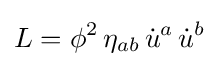
L=\phi ^{2}\,\eta _{ab}\,{\dot {u}}^{a}\,{\dot {u}}^{b}